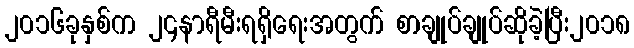
၂၀၁၆ခုနှစ်က ၂၄နာရီမီးရရှိရေးအတွက် စာချုပ်ချုပ်ဆိုခဲ့ပြီး၂၀၁၈